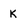
Character: K